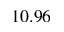
1 0 . 9 6